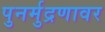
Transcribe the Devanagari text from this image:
पुनर्मुद्रणावर